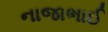
નાજાભાઈ